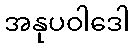
အနုပဝါဒေါ